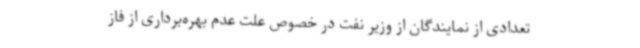
تعدادی از نمایندگان از وزیر نفت در خصوص علت عدم بهره‌برداری از فاز